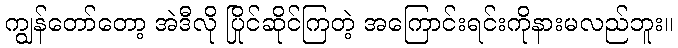
ကျွန်တော်တော့ အဲဒီလို ပြိုင်ဆိုင်ကြတဲ့ အကြောင်းရင်းကိုနားမလည်ဘူး။